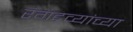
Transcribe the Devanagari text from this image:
रंगद्रव्यांच्या